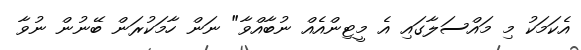
އެކަމަކު މި މައްސަލާގައި އެ މީޓިންއެއް ނުބާއްވާ" ނަން ހާމަކުރަން ބޭނުން ނުވާ